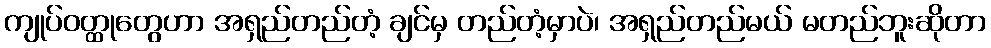
ကျုပ်ဝတ္ထုတွေဟာ အရှည်တည်တံ့ ချင်မှ တည်တံ့မှာပဲ၊ အရှည်တည်မယ် မတည်ဘူးဆိုတာ